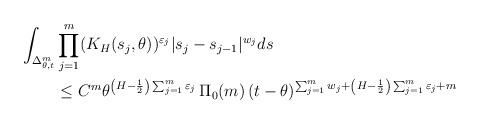
LaTeX: \begin{align*}\int_{\Delta_{\theta,t}^{m}} &\prod_{j=1}^{m} (K_H(s_j,\theta))^{\varepsilon_j} |s_j-s_{j-1}|^{w_j} ds\\&\leq C^m \theta^{\left( H-\frac{1}{2}\right)\sum_{j=1}^m \varepsilon_j} \, \Pi_0(m) \, (t-\theta)^{\sum_{j=1}^m w_j + \left( H-\frac{1}{2}\right) \sum_{j=1}^m \varepsilon_j +m}\end{align*}